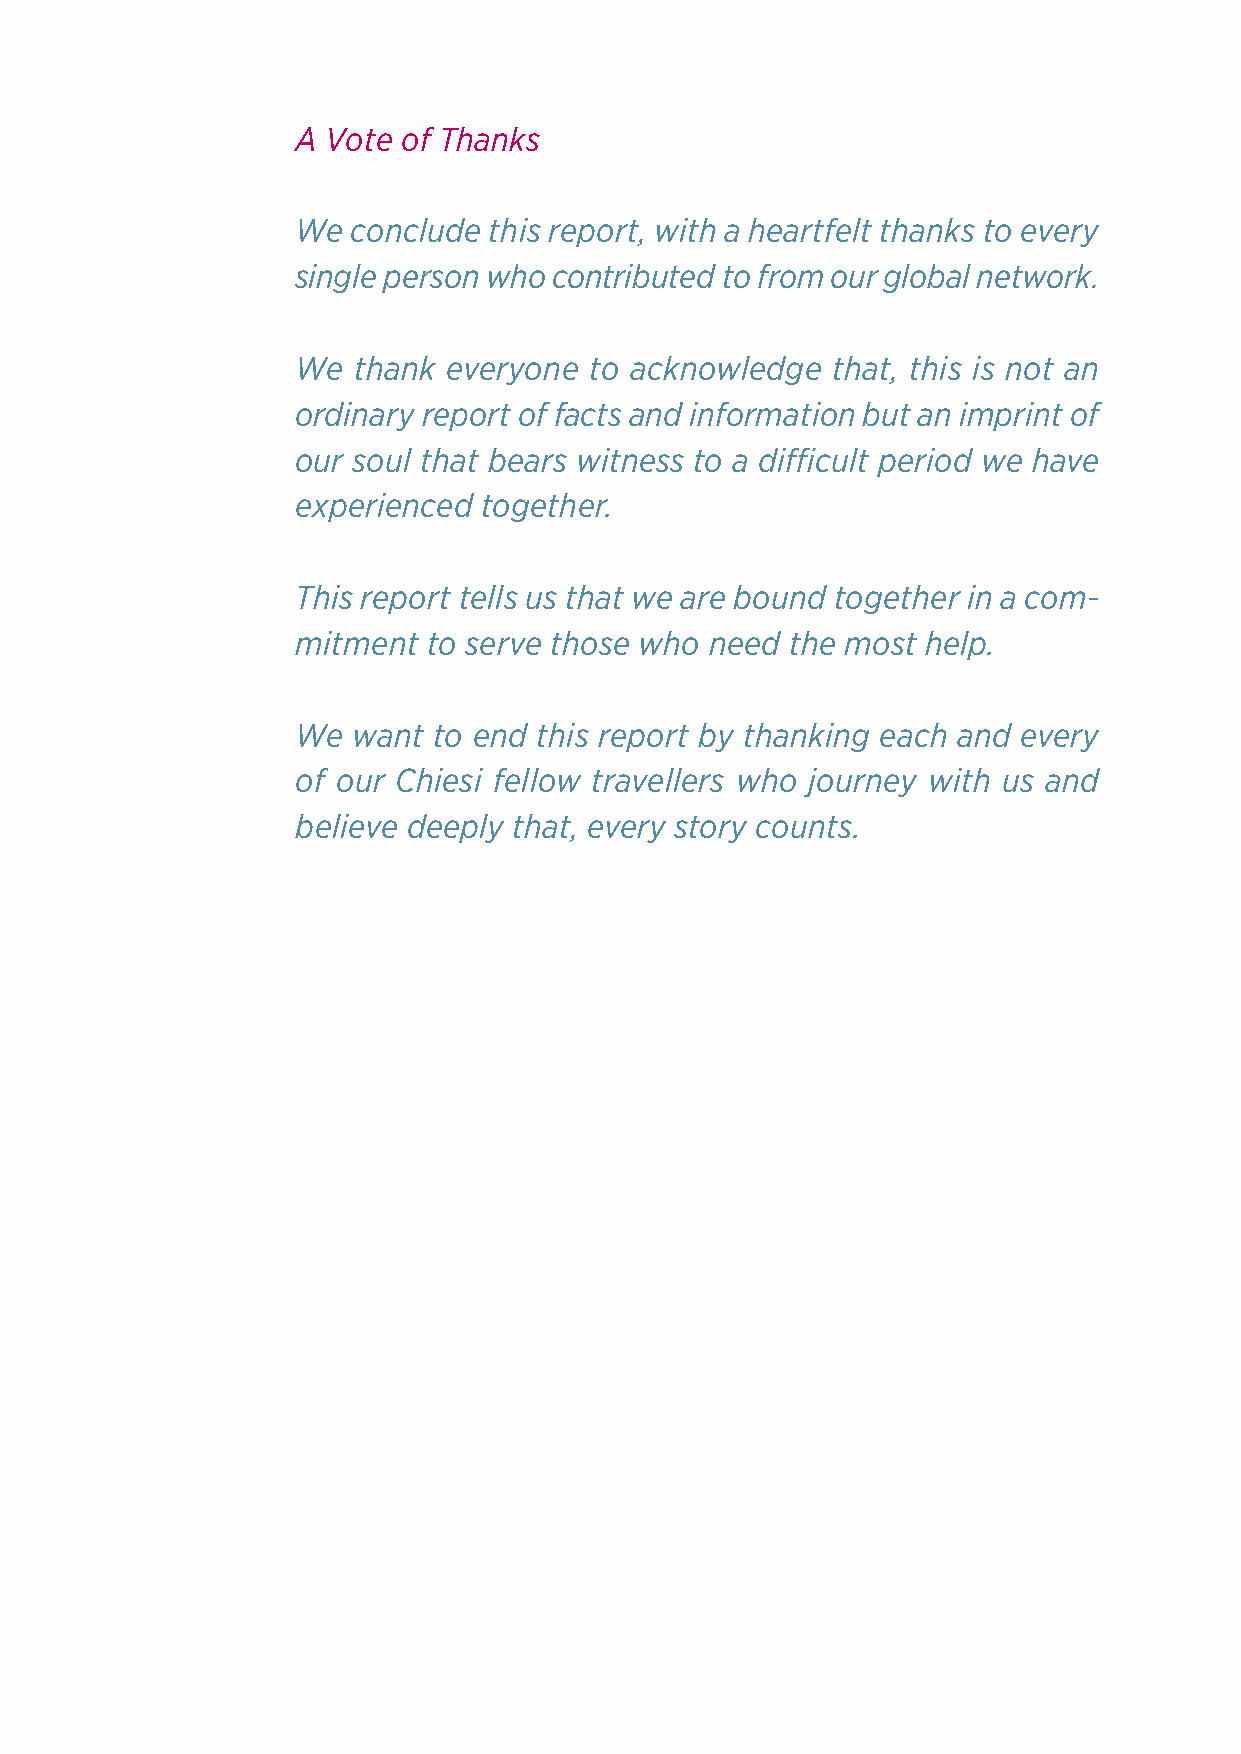
A Vote of Thanks
 We conclude this report, with a heartfelt thanks to every
 single person who contributed to from our global network.
 We thank  everyone to acknowledge  that, this is not an
 ordinary report of facts and information but an imprint of
 our soul that bears witness to a difficult period we have
 experienced together.
 This report tells us that we are bound together in a com-
 mitment to serve those who need the most help.
 We want  to end this report by thanking each and every
 of our Chiesi fellow travellers who journey with us and
 believe deeply that, every story counts.